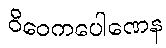
ဝိဝေကပေါဏေန